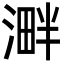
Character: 溿